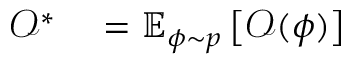
\begin{array} { r l r l r l } { \mathcal { O } ^ { * } } & { { } = \mathbb { E } _ { \phi \sim p } \left[ \mathcal { O } ( \phi ) \right] } \end{array}